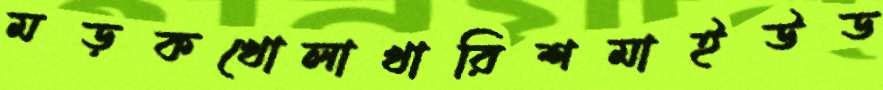
মড়কখোলাখারিশমাইউড